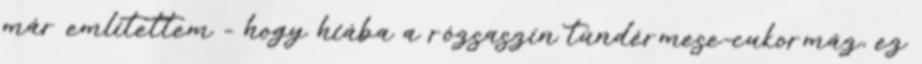
már említettem - hogy hiába a rózsaszín tündérmese-cukormáz, ez